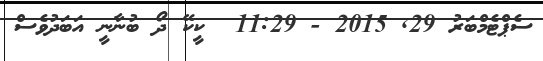
ސެޕްޓެމްބަރު 29